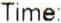
TIME: